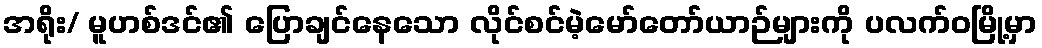
အရိုး/ မူဟစ်ဒင်၏ ပြောချင်နေသော လိုင်စင်မဲ့မော်တော်ယာဉ်များကို ပလက်ဝမြို့မှာ